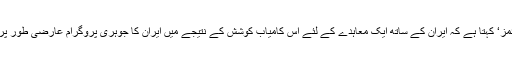
’نیو یارک ٹائمز‘ کہتا ہے کہ ایران کے ساتھ ایک معاہدے کے لئے اس کامیاب کوشش کے نتیجے میں ایران کا جوہری پروگرام عارضی طور پر بند رہے گا۔